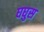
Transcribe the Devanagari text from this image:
घघुस